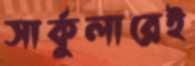
সার্কুলারেই